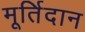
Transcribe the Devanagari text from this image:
मूर्तिदान